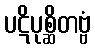
ပဋိပုစ္ဆိတဗ္ဗံ